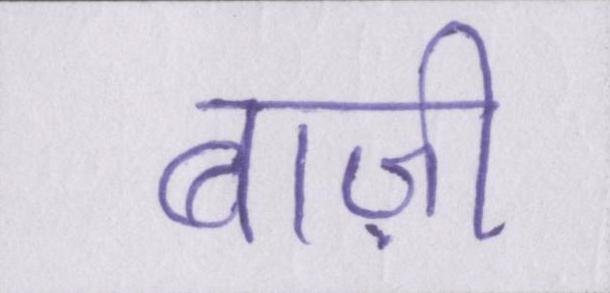
बाज़ी